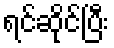
ရင်ဆိုင်ပြီး